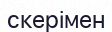
скерімен